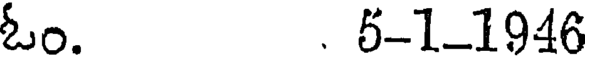
ఓం. . 5-1-1946